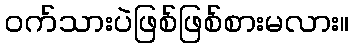
ဝက်သားပဲဖြစ်ဖြစ်စားမလား။